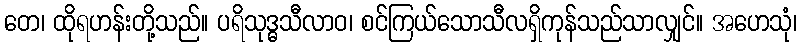
တေ၊ ထိုရဟန်းတို့သည်။ ပရိသုဒ္ဓသီလာဝ၊ စင်ကြယ်သောသီလရှိကုန်သည်သာလျှင်။ အဟေသုံ၊